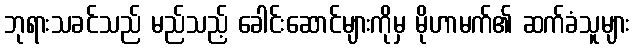
ဘုရားသခင်သည် မည်သည့် ခေါင်းဆောင်များကိုမှ မိုဟာမက်၏ ဆက်ခံသူများ